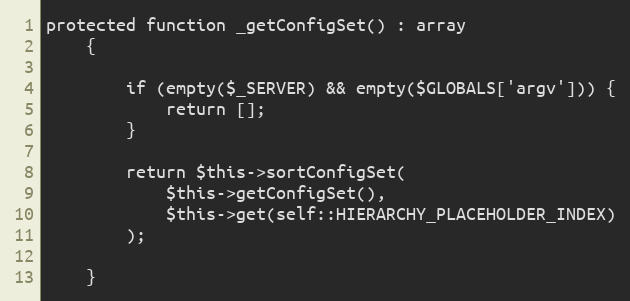
Language: PHP
protected function _getConfigSet() : array
    {

        if (empty($_SERVER) && empty($GLOBALS['argv'])) {
            return [];
        }

        return $this->sortConfigSet(
            $this->getConfigSet(),
            $this->get(self::HIERARCHY_PLACEHOLDER_INDEX)
        );

    }